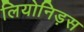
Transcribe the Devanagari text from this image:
लियोनिड़स